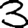
Digit: 3